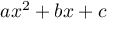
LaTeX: a x ^ { 2 } + b x + c